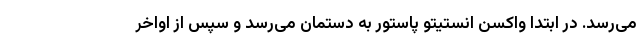
می‌رسد. در ابتدا واکسن انستیتو پاستور به دستمان می‌رسد و سپس از اواخر